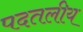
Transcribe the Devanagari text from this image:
पदतलीय